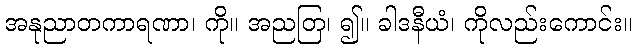
အနုညာတကာရဏာ၊ ကို။ အညတြ၊ ၍။ ခါဒနီယံ၊ ကိုလည်းကောင်း။